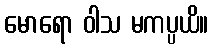
မောရော ဝါသ မကပ္ပယိ။